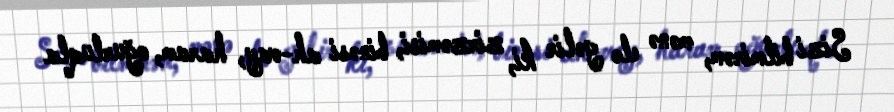
Sizi bilmirəm, mənə elə gəlir ki, zirzəmisi, binəsi ah-vay, haram, oğurluqla